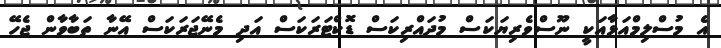
އެ މުސްލިމްއަޅާއަކީ ނޫސްވެރިޔަކަސް މުދައްރިކަސް ޑޮކްޓަރަކަސް އަދި މެނޭޖަރަކަސް އޭނާ ތަބާވާން ޖެހޭ